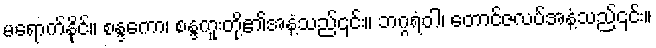
မရောက်နိုင်။ စန္ဒကော၊ စန္ဒကူးတို့၏အနံ့သည်၎င်း။ ဘဂ္ဂရံဝါ၊ တောင်ဇလပ်အနံ့သည်၎င်း။